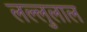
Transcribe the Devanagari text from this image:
लल्लुलाल